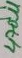
Text: 470u